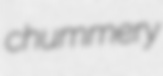
chummery